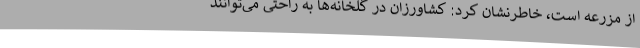
از مزرعه است، خاطرنشان کرد: کشاورزان در گلخانه‌ها به راحتی می‌توانند